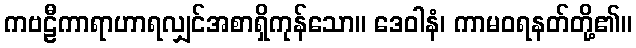
ကဗဠီကာရာဟာရလျှင်အစာရှိကုန်သော။ ဒေဝါနံ၊ ကာမဝရနတ်တို့၏။